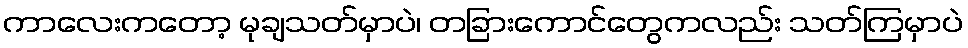
ကာလေးကတော့ မုချသတ်မှာပဲ၊ တခြားကောင်တွေကလည်း သတ်ကြမှာပဲ